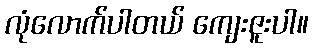
လုံလောက်ပါတယ် ကျေးဇူးပါ။